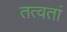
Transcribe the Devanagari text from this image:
तत्वतां